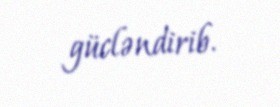
gücləndirib.